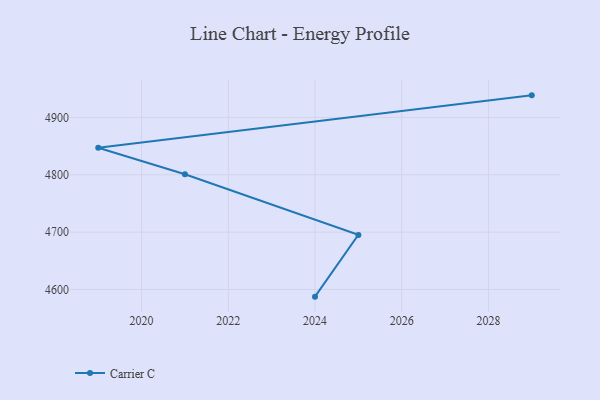
{"axis": {"x": "Year", "y": "Inventory Turnover"}, "legend": ["Carrier C"], "data": [{"x": "2024", "y": 4587.5, "type": "Carrier C"}, {"x": "2025", "y": 4695.2, "type": "Carrier C"}, {"x": "2021", "y": 4800.8, "type": "Carrier C"}, {"x": "2019", "y": 4847.0, "type": "Carrier C"}, {"x": "2029", "y": 4938.5, "type": "Carrier C"}]}